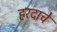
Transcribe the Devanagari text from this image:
हरदाचे